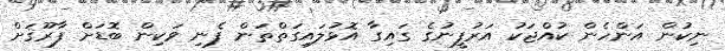
ނިކުން އަންހެން ކުއްޖަކު އަރުފީނުގެ ގައިގާ އޮޅުލައިގަތްތަން ފެނި ވަކިން ބޮޑަށް ފާރޫޤަށް